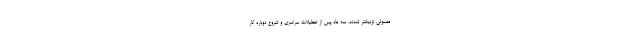
معمولی نزدیکتر شدند. سه ماه پس از تعطیلات سراسری و شروع دوباره کار